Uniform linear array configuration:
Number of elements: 4
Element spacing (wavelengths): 1
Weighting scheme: binomial
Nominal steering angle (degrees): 30
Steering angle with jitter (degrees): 31.368
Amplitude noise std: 0.05
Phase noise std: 0.05

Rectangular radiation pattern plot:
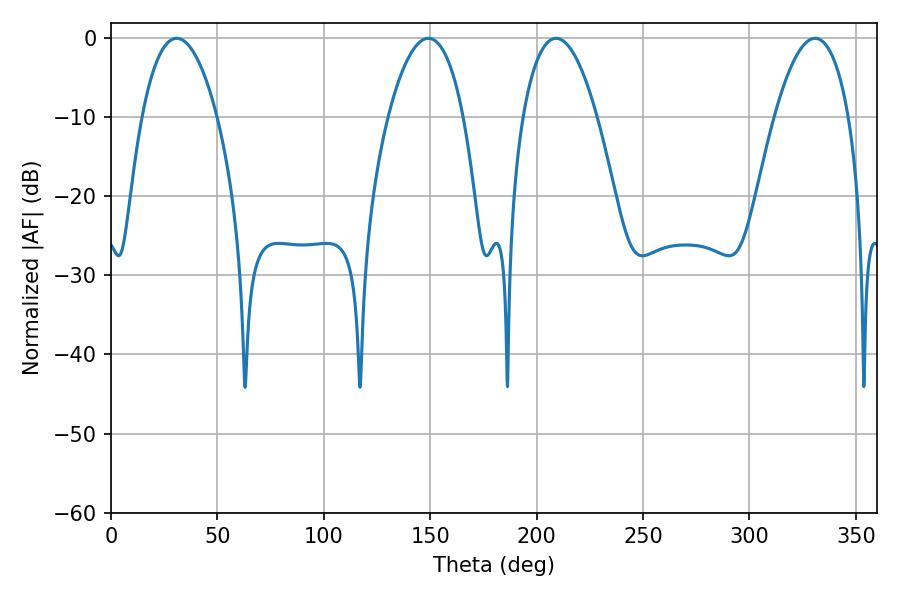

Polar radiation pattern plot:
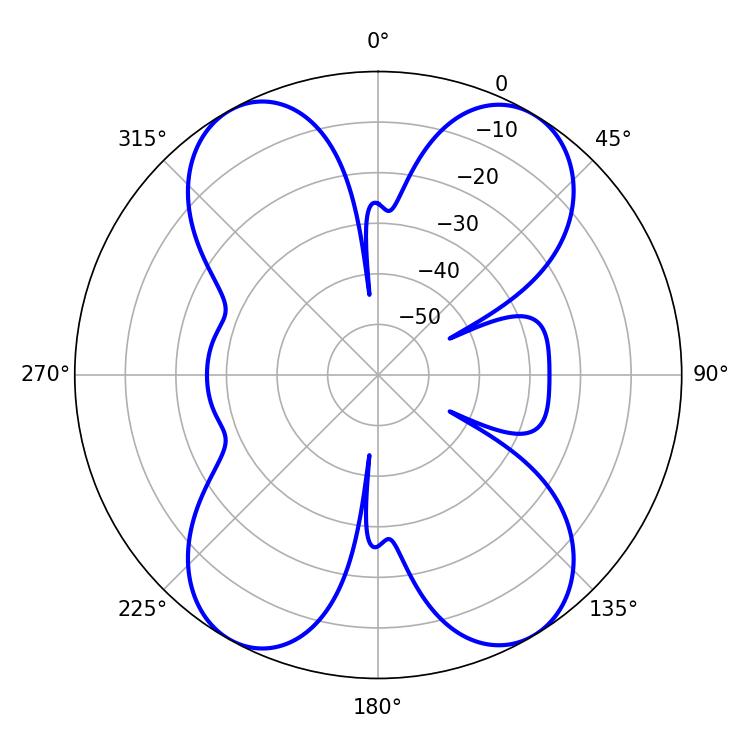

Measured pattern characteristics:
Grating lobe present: TRUE
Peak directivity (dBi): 20.224
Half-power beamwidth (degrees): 19.44
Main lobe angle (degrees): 209.16